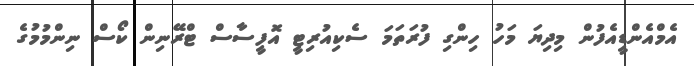
އެމްއެންޑީއެފުން މިދިޔަ މަހު ހިންގި ފުރަތަމަ ސެކިއުރިޓީ އޮފީސާސް ޓްރޭނިން ކޯސް ނިންމުމުގެ